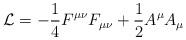
LaTeX: \begin{align*}{\cal{L}}= -\frac{1}{4} F^{\mu\nu} F_{\mu\nu} + \frac{1}{2} A^\mu A_\mu \end{align*}